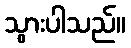
သွားပါသည်။